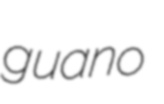
guano